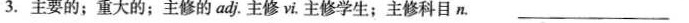
3.主要的；重大的；主修的adj.主修vi.主修学生；主修科目n. ___